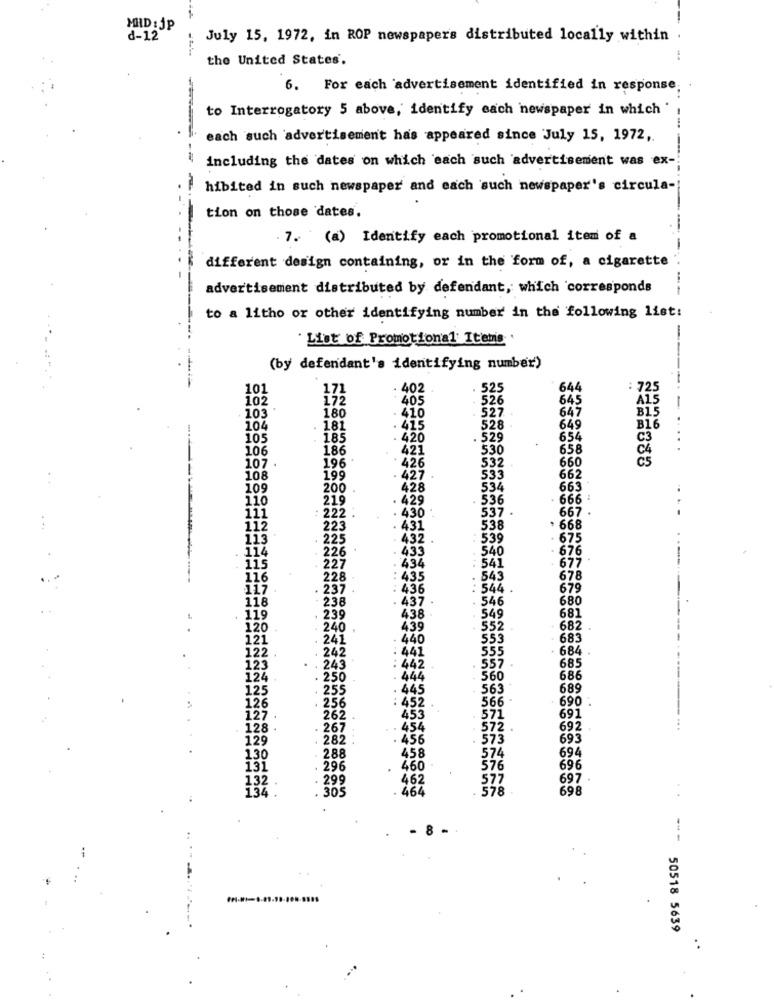
MHD : JP
d-12
July 15, 1972, in ROP newspapers distributed locally within
-- --
the United States.
6. For each advertisement identified in response
to Interrogatory 5 above, identify each newspaper in which
each such advertisement has appeared since July 15, 1972 ,.
including the dates on which each such advertisement was ex-
hibited in such newspaper and each such newspaper's circula-
tion on those dates.
7. (a) Identify each promotional item of a
different design containing, or in the form of, a cigarette
advertisement distributed by defendant, which corresponds
to a litho or other identifying number in the following list:
----.
' List of Promotional Items .
(by defendant's identifying number)
101
171
402
525
644
72
102
172
405
526
645
ATS
180
527
647
BIS
103
. 410
104
181
.415
528
649
B16
105
185
. 420
. 529
654
C3
106
186
421
530
658
...
196
660
107
426
532
108
199
427
533
662
109
200 .
428
534
663
110
219
. 429
536
666 :
. 430
537
667
111
222 :
112
223
431
538
. 668
113
225
. 432
539
. 675
114
. 433
540
676
226
. 677
115
227
434
541
116
228
: 435
543
678
117
237
436
: 544 .
679
118
238
. 437
546
680
681
119
239
438
549
120
240
439
552
682 .
121
241
- 440
553
683
122
: 441
555
684
242
123
243
: 442
557
685
124
. 250
444
560
686
125
255
. 445
563
689
566 -
690 .
126
256
: 452
127
262 .
453
571
691
128
267
. 454
572
692
...
129
. 282 :
. 456
573
693
694
130
288
458
574
131
296
460
576
696
132
299
697
134 .
305
. 464
462
577
698
8.
--
50518 5639